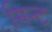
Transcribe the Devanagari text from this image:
मिन्‍ट